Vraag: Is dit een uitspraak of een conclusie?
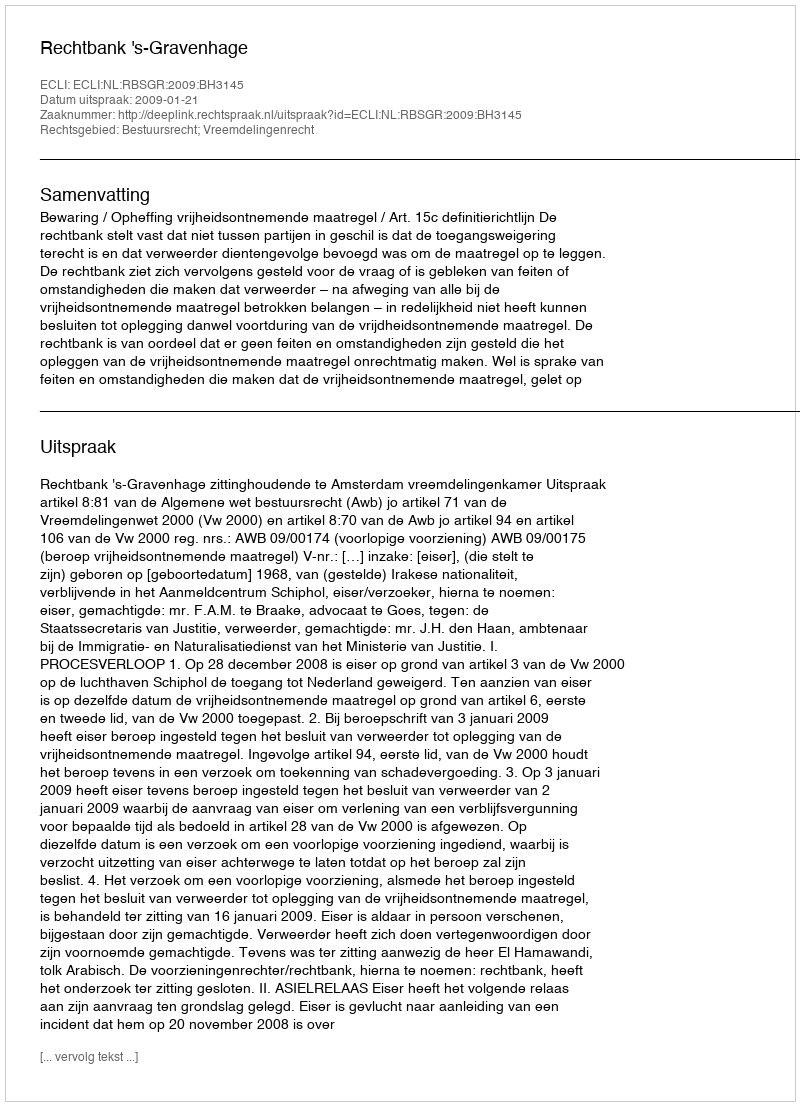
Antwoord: Uitspraak